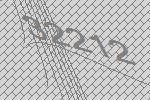
32212